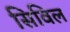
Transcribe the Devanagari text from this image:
सिविल